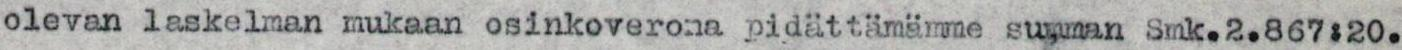
olevan laskelman mukaan osinkoverona pidättämämme summan Smk.2.867:20.